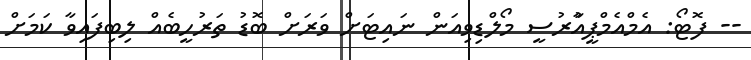
-- ފޮޓޯ: އެމްއެމްޕީއާުރުސީ މޯލްޑިވިއަން ނައިޓަށް ވަރަށް ބޮޑު ތަރުހީބެއް ލިބިފައިވާ ކަަމަށް